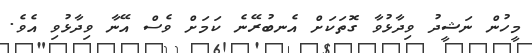
މީހުން ނަޝީދު ވިދާޅުވާ ގޮތަކަށް އެނބުރޭނެ ކަމަށް ވެސް އޭނާ ވިދާޅުވި އެވެ.